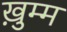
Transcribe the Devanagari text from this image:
ख़ुम्म